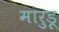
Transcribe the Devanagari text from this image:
मारुडू